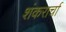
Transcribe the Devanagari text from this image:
शंकरार्चा